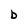
Character: b